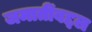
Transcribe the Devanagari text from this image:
जमातींबद्दल